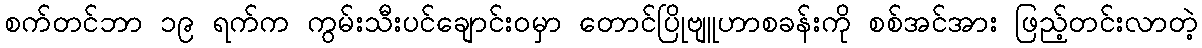
စက်တင်ဘာ ၁၉ ရက်က ကွမ်းသီးပင်ချောင်းဝမှာ တောင်ပြိုဗျူဟာစခန်းကို စစ်အင်အား ဖြည့်တင်းလာတဲ့